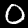
Label: 0